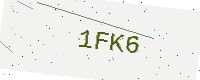
Text: 1FK6